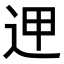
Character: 𨒇